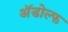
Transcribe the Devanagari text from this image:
अॅडोल्फ